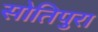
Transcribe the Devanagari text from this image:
सोतिपुरा